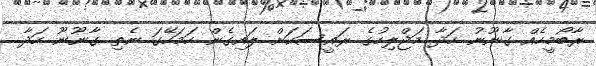
ރާބޯމީހެއް ގާނޫނު ހަދާ މަޖްލިހުގެ ރައީސަކަށް ލައިގެން ހަމަހޭގަ ނެތި ގާނޫނޫ ހަދާ